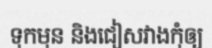
ទុកមុន និងជៀសវាងកុំឲ្យ